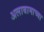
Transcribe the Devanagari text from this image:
अलाबामाच्या